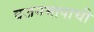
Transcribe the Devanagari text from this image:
वजनमापाची